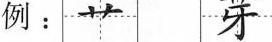
例： 艹 芽